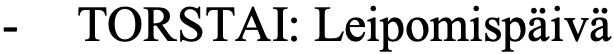
-  TORSTAI: Leipomispäivä